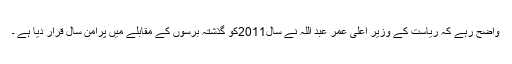
واضح رہے کہ ریاست کے وزیر اعلیٰ عمر عبد اللہ نے سال2011کو گذشتہ برسوں کے مقابلے میں پرامن سال قرار دیا ہے ۔